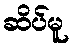
ဆိပ်မူ